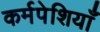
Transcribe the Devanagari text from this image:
कर्मपेशियाँ